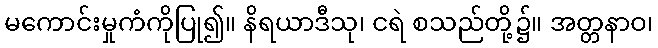
မကောင်းမှုကံကိုပြု၍။ နိရယာဒီသု၊ ငရဲ စသည်တို့၌။ အတ္တနာဝ၊